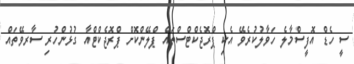
ސީ ހެޑް އޮފީސްމާލެ ހަވާލުކުރެވޭ އެކި ޕްރޮޖެކްޓްސްތައް ޕްލޭންކޮަށް ޕްރޮޖެކްޓްއާ ގުޅުންހުރި ސާރވޭތައް